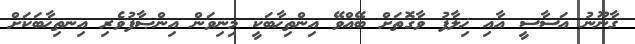
ޤާނޫނު އަސާސީ އާއި ޚިލާފު ވާގޮތަށް ބޭއްވޭ އިންތިޚާބަކީ މިނިވަން އިންޞާފުވެރި އިނތިޚާބަކަށް